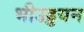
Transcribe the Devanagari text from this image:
भीउड्डयन